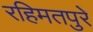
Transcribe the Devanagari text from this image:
रहिमतपुरे